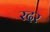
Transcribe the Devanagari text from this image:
रदर